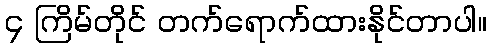
၄ ကြိမ်တိုင် တက်ရောက်ထားနိုင်တာပါ။